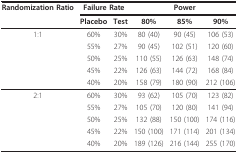
<table><thead><tr><td><b>Randomization Ratio</b></td><td colspan="2"><b>Failure Rate</b></td><td colspan="3"><b>Power</b></td></tr><tr><td></td><td><b>Placebo</b></td><td><b>Test</b></td><td><b>80%</b></td><td><b>85%</b></td><td><b>90%</b></td></tr></thead><tbody><tr><td>1:1</td><td>60%</td><td>30%</td><td>80 (40)</td><td>90 (45)</td><td>106 (53)</td></tr><tr><td></td><td>55%</td><td>27%</td><td>90 (45)</td><td>102 (51)</td><td>120 (60)</td></tr><tr><td></td><td>50%</td><td>25%</td><td>110 (55)</td><td>126 (63)</td><td>148 (74)</td></tr><tr><td></td><td>45%</td><td>22%</td><td>126 (63)</td><td>144 (72)</td><td>168 (84)</td></tr><tr><td></td><td>40%</td><td>20%</td><td>158 (79)</td><td>180 (90)</td><td>212 (106)</td></tr><tr><td>2:1</td><td>60%</td><td>30%</td><td>93 (62)</td><td>105 (70)</td><td>123 (82)</td></tr><tr><td></td><td>55%</td><td>27%</td><td>105 (70)</td><td>120 (80)</td><td>141 (94)</td></tr><tr><td></td><td>50%</td><td>25%</td><td>132 (88)</td><td>150 (100)</td><td>174 (116)</td></tr><tr><td></td><td>45%</td><td>22%</td><td>150 (100)</td><td>171 (114)</td><td>201 (134)</td></tr><tr><td></td><td>40%</td><td>20%</td><td>189 (126)</td><td>216 (144)</td><td>255 (170)</td></tr></tbody></table>